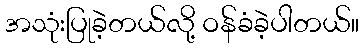
အသုံးပြုခဲ့တယ်လို့ ဝန်ခံခဲ့ပါတယ်။